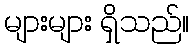
များများ ရှိသည်။